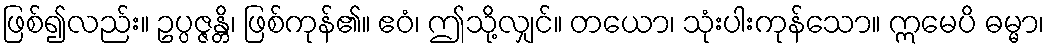
ဖြစ်၍လည်း။ ဥပ္ပဇ္ဇန္တိ၊ ဖြစ်ကုန်၏။ ဧဝံ၊ ဤသို့လျှင်။ တယော၊ သုံးပါးကုန်သော။ ဣမေပိ ဓမ္မာ၊